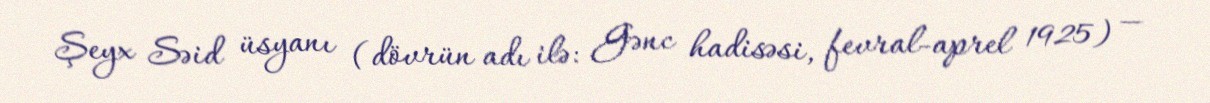
Şeyx Səid üsyanı (dövrün adı ilə: Gənc hadisəsi, fevral-aprel 1925) —